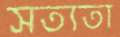
সত্যতা